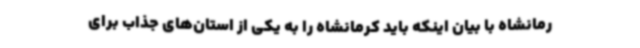
رمانشاه با بیان اینکه باید کرمانشاه را به یکی از استان‌های جذاب برای